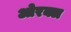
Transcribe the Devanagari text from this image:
ओरक्ल